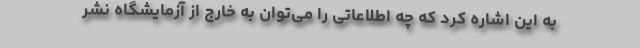
به این اشاره کرد که چه اطلاعاتی را می‌توان به خارج از آزمایشگاه نشر